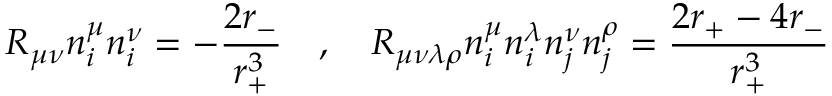
R _ { \mu \nu } n _ { i } ^ { \mu } n _ { i } ^ { \nu } = - { \frac { 2 r _ { - } } { r _ { + } ^ { 3 } } } ~ ~ ~ , ~ ~ ~ R _ { \mu \nu \lambda \rho } n _ { i } ^ { \mu } n _ { i } ^ { \lambda } n _ { j } ^ { \nu } n _ { j } ^ { \rho } = { \frac { 2 r _ { + } - 4 r _ { - } } { r _ { + } ^ { 3 } } } ~ ~ ~